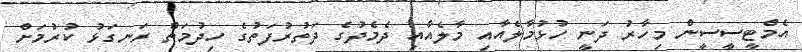
އެމްޓީސީސީން މިހާރު ދަނީ ހުޅުމާލެއާއި މާލެއާއި ދެމެދުގެ ދަތުރުފަތުގެ ހިދުމަތް ރަނގަޅު ކުރުމަށް